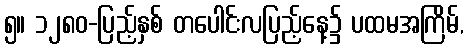
၅။ ၁၂၈၀-ပြည့်နှစ် တပေါင်းလပြည့်နေ့၌ ပထမအကြိမ်,